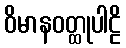
ဝိမာနဝတ္ထုပါဠိ